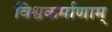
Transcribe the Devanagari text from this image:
विश्वकर्माणाम्